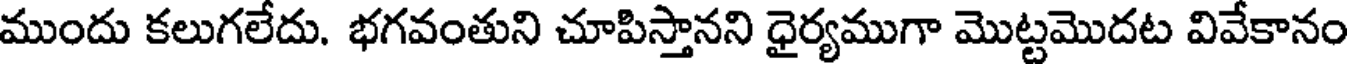
ముందు కలుగలేదు. భగవంతుని చూపిస్తానని ధైర్యముగా మొట్టమొదట వివేకానం